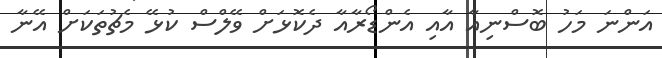
އަންނަ މަހު ބޮސްނިއާ އާއި އެންޑޯރާއާ ދެކޮޅަށް ވޭލްސް ކުޅޭ މެޗުތަކަށް އޭނާ